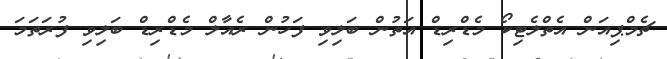
ޗެމްޕިއަން އެތްލެޓިކޯ މެޑްރިޑް އަތުން ބަލިވި ފަހުން ރެއާލް މެޑްރިޑް ބަލިވި ފުރަތަމަ